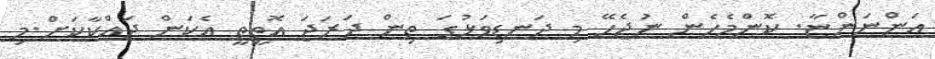
އަންނަންޏާ. ކޮންމެހެން ނުޖެހޭ މި ދަނޑިވަޅުގަ ތިން ދަރަޖަ އޮތީތީ އެކަން ދައްކާކަަށް.މި